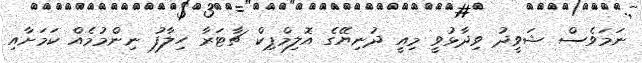
ނަމަވެސް ޝަވީދު ވިދާޅުވީ މިއީ ދުނިޔޭގެ އޮލިމްޕިކް ޗާޓަރާ ހިލާފު ނިންމުމެއް ކަމަށާއި